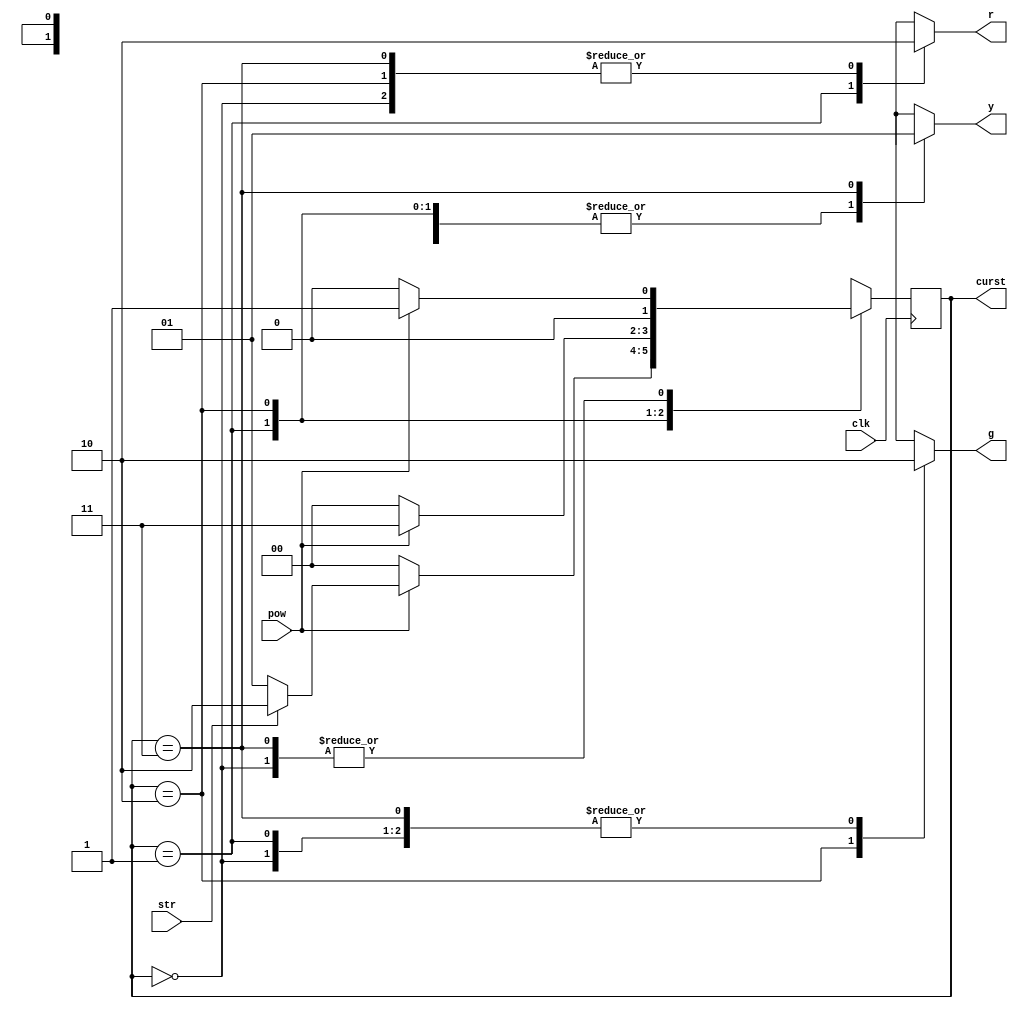
`timescale 1ns / 1ps


module traffic(
    input clk,
    input pow,
    input str,
    output reg g=0,
    output reg y=0,
    output reg r=0,
    output reg [1:0] curst = 0
    );
    reg [1:0] nxtst;
    parameter off = 0;
    parameter stop = 1;
    parameter go = 2;
    parameter slow = 3;
    
    always @ (posedge clk)
        curst <= nxtst; // next state -> current state
        
    always @ (*)
        begin case (curst)
            off: if (!pow) nxtst <= off;
                    else nxtst <= stop;
            stop: if (!pow) nxtst <= off;
                    else if (!str) nxtst <= stop;
                        else nxtst <= go;
            go: if (!pow) nxtst <= off;
                    else nxtst <= slow; 
            slow: if (!pow) nxtst <= off;
                    else nxtst <= stop;
     endcase end
                    
     always @ (curst)
        case (curst)
            off: begin r=0; g=0; y=0; end
            stop: begin r=1; g=0; y=0; end
            go: begin r=0; g=1; y=0; end
            slow: begin r=0; g=0; y=1; end
        endcase
    
endmodule